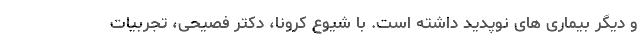
و دیگر بیماری های نوپدید داشته است. با شیوع کرونا، دکتر فصیحی، تجربیات